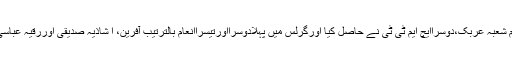
200میٹر(بوائز) کی دوڑ میں پہلا انعام شعبہ عربک،دوسراایچ ایم ٹی ٹی نے حاصل کیا اورگرلس میں پہلادوسرااورتیسراانعام بالترتیب آفرین، ا شاذیہ صدیقی اوررقیہ عباسی(شعبہ اسلامک اسٹڈیز)نے حاصل کیا۔